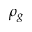
\rho _ { g }